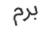
برم